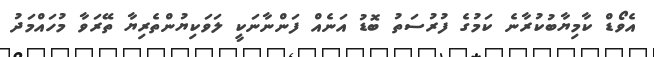
އެވޯޑް ކާމިޔާބުކުރާނެ ކަމުގެ ފުރުސަތު ބޮޑު އަނެއް ފަންނާނަކީ ލަވަކިޔުންތެރިޔާ ތޭރަވާ މުހައްމަދު